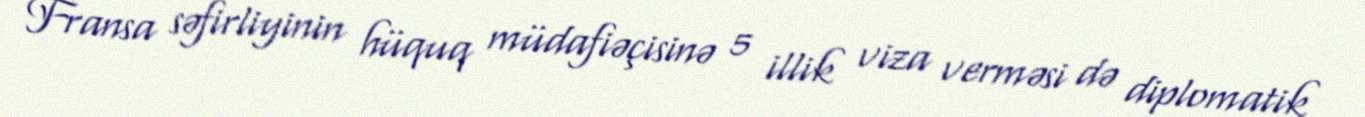
Fransa səfirliyinin hüquq müdafiəçisinə 5 illik viza verməsi də diplomatik